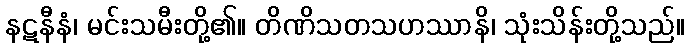
နဋနီနံ၊ မင်းသမီးတို့၏။ တိဏိသတသဟဿာနိ၊ သုံးသိန်းတို့သည်။